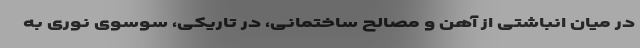
در میان انباشتی از آهن و مصالح ساختمانی، در تاریکی، سوسوی نوری به